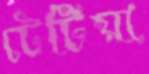
টেটিয়া